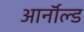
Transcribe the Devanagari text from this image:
आर्नाॅल्ड